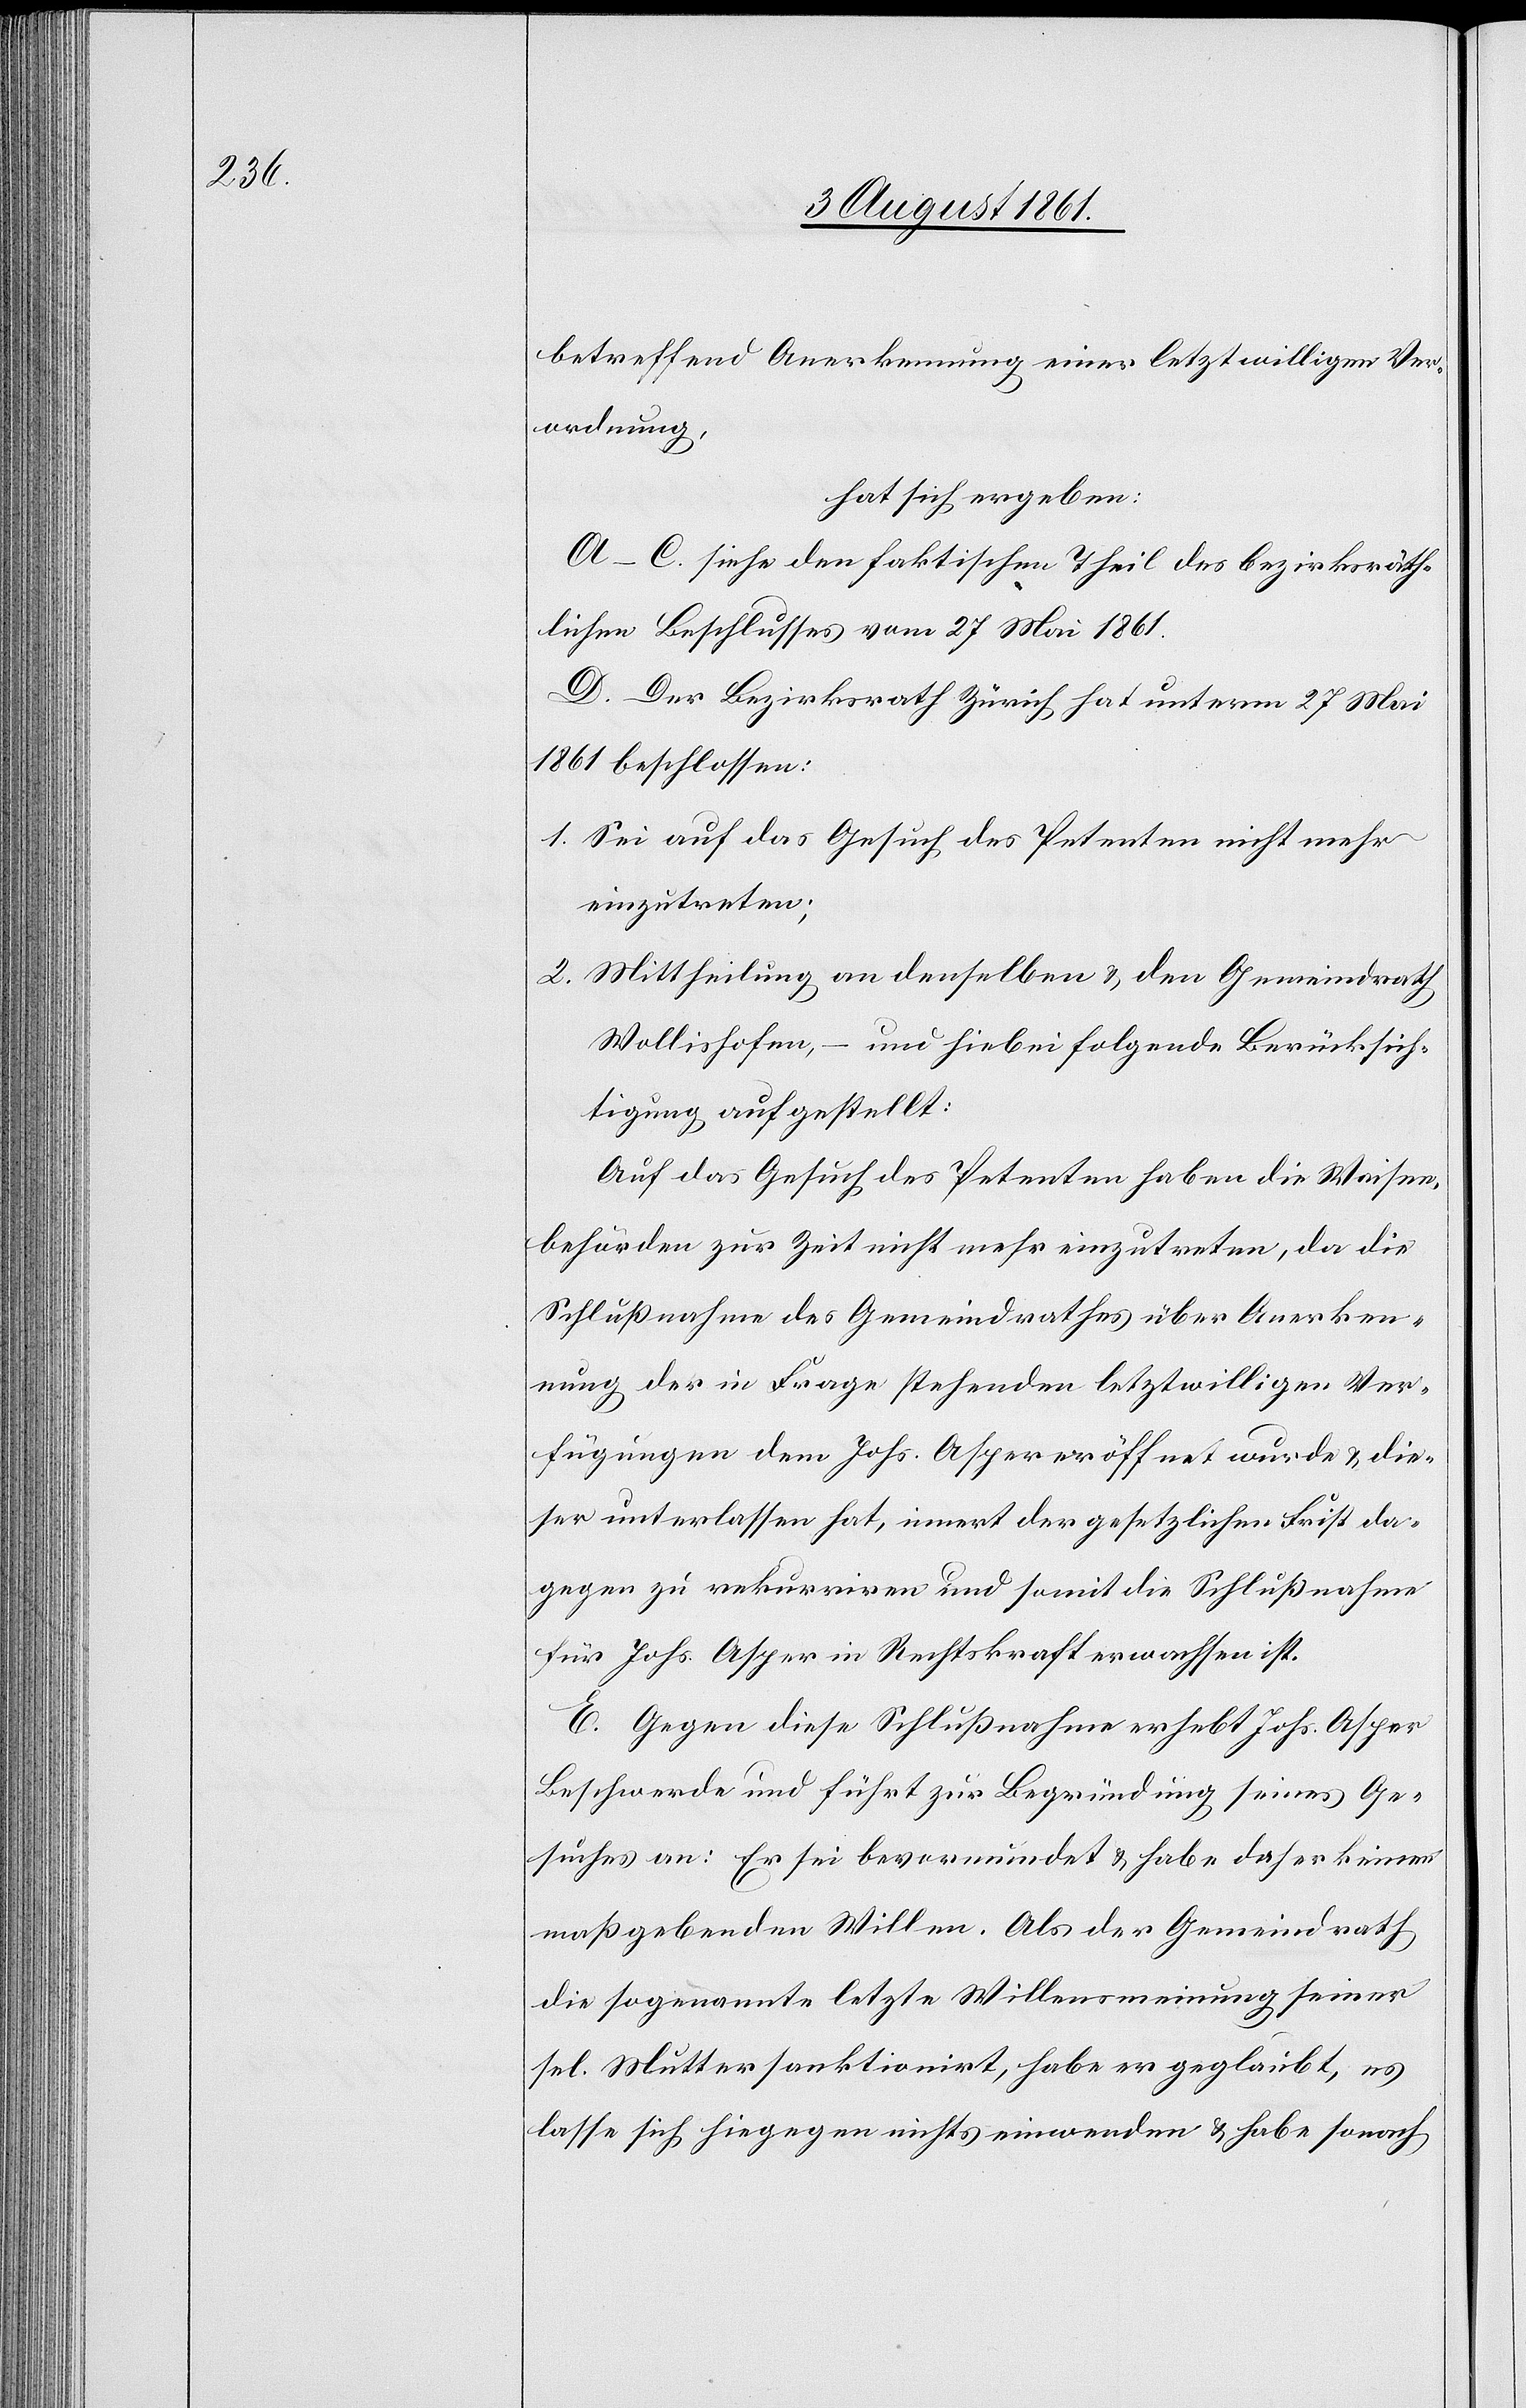
betreffend Anerkennung einer letztwilligen Ver¬
ordnung,
hat sich ergeben:
A–C. siehe den faktischen Theil des bezirksräth¬
lichen Beschlusses vom 27 Mai 1861.
D. Der Bezirksrath Zürich hat unterm 27 Mai
1861 beschlossen:
1. Sei auf das Gesuch, des Petenten nicht mehr
einzutreten;
2. Mittheilung an denselben u. den Gemeindrath
Wollishofen, – und hiebei folgende Berücksich¬
tigung aufgestellt:
Auf das Gesuch des Petenten haben die Waisen¬
behörden zur Zeit nicht mehr einzutreten, da die
Schlußnahme des Gemeindrathes über Anerken¬
nung der in Frage stehenden letztwilligen Ver¬
fügungen dem Johs. Asper eröffnet wurde u. die¬
ser unterlassen hat, innert der gesetzlichen Frist da¬
gegen zu rekurriren und somit die Schlußnahme
für Johs. Asper in Rechtskraft erwachsen ist.
E. Gegen diese Schlußnahme erhebt Joh. Asper
Beschwerde und führt zur Begründung seines Ge¬
suches an: Er sei bevormundet u. habe daher keinen
maßgebenden Willen. Als der Gemeindrath
die sogenannte letzte Willensmeinung seiner
sel. Mutter sanktionirt, habe er geglaubt, es
lasse sich hiegegen nichts einwenden u. habe sonach